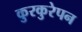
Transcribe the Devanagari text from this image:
कुरकुरेपन